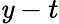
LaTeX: \mathit{y}-t